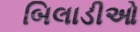
બિલાડીઓ